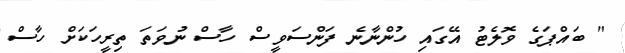
" ބައްޕަގެ ވޮލެޓު އޭގައި ހުންނާނެ ފަންސަވީސް ހާސް ނުވަތަ ތިރީހަކަށް ހާސް